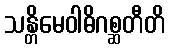
သန္တိမေဝါဓိဂစ္ဆတီတိ